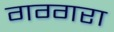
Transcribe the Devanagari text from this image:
गग्गरा